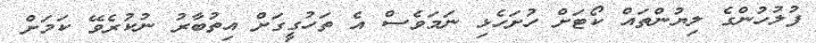
ފުލުހުންގެ ލިޔުންތައް ކޯޓަށް ހުށަހެޅި ނަމަވެސް އެ ތަހުގީގަށް އިތުބާރު ނުކުރެވޭ ކަމަށް